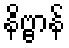
နိဗ္ဗာန်